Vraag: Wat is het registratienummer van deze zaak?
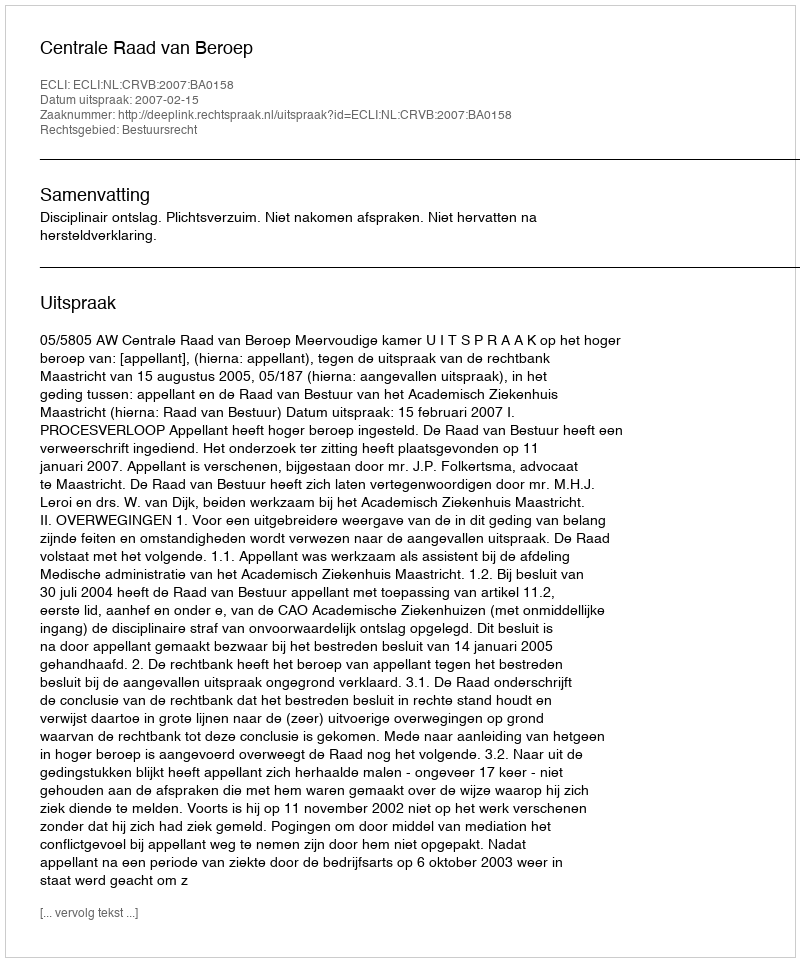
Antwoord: http://deeplink.rechtspraak.nl/uitspraak?id=ECLI:NL:CRVB:2007:BA0158